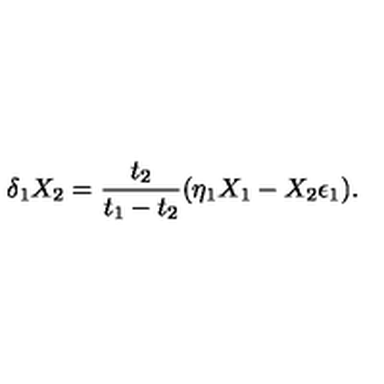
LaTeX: \delta _ { 1 } X _ { 2 } = { \frac { t _ { 2 } } { t _ { 1 } - t _ { 2 } } } ( \eta _ { 1 } X _ { 1 } - X _ { 2 } \epsilon _ { 1 } ) .